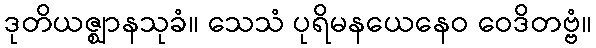
ဒုတိယဇ္ဈာနသုခံ။ သေသံ ပုရိမနယေနေဝ ဝေဒိတဗ္ဗံ။